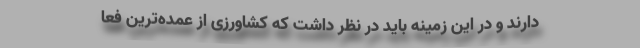
دارند و در این زمینه باید در نظر داشت که کشاورزی از عمده‌ترین فعا